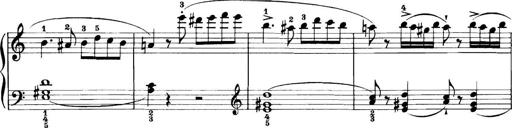
Title: 11 Sonatinas
Composer: Anton Diabelli